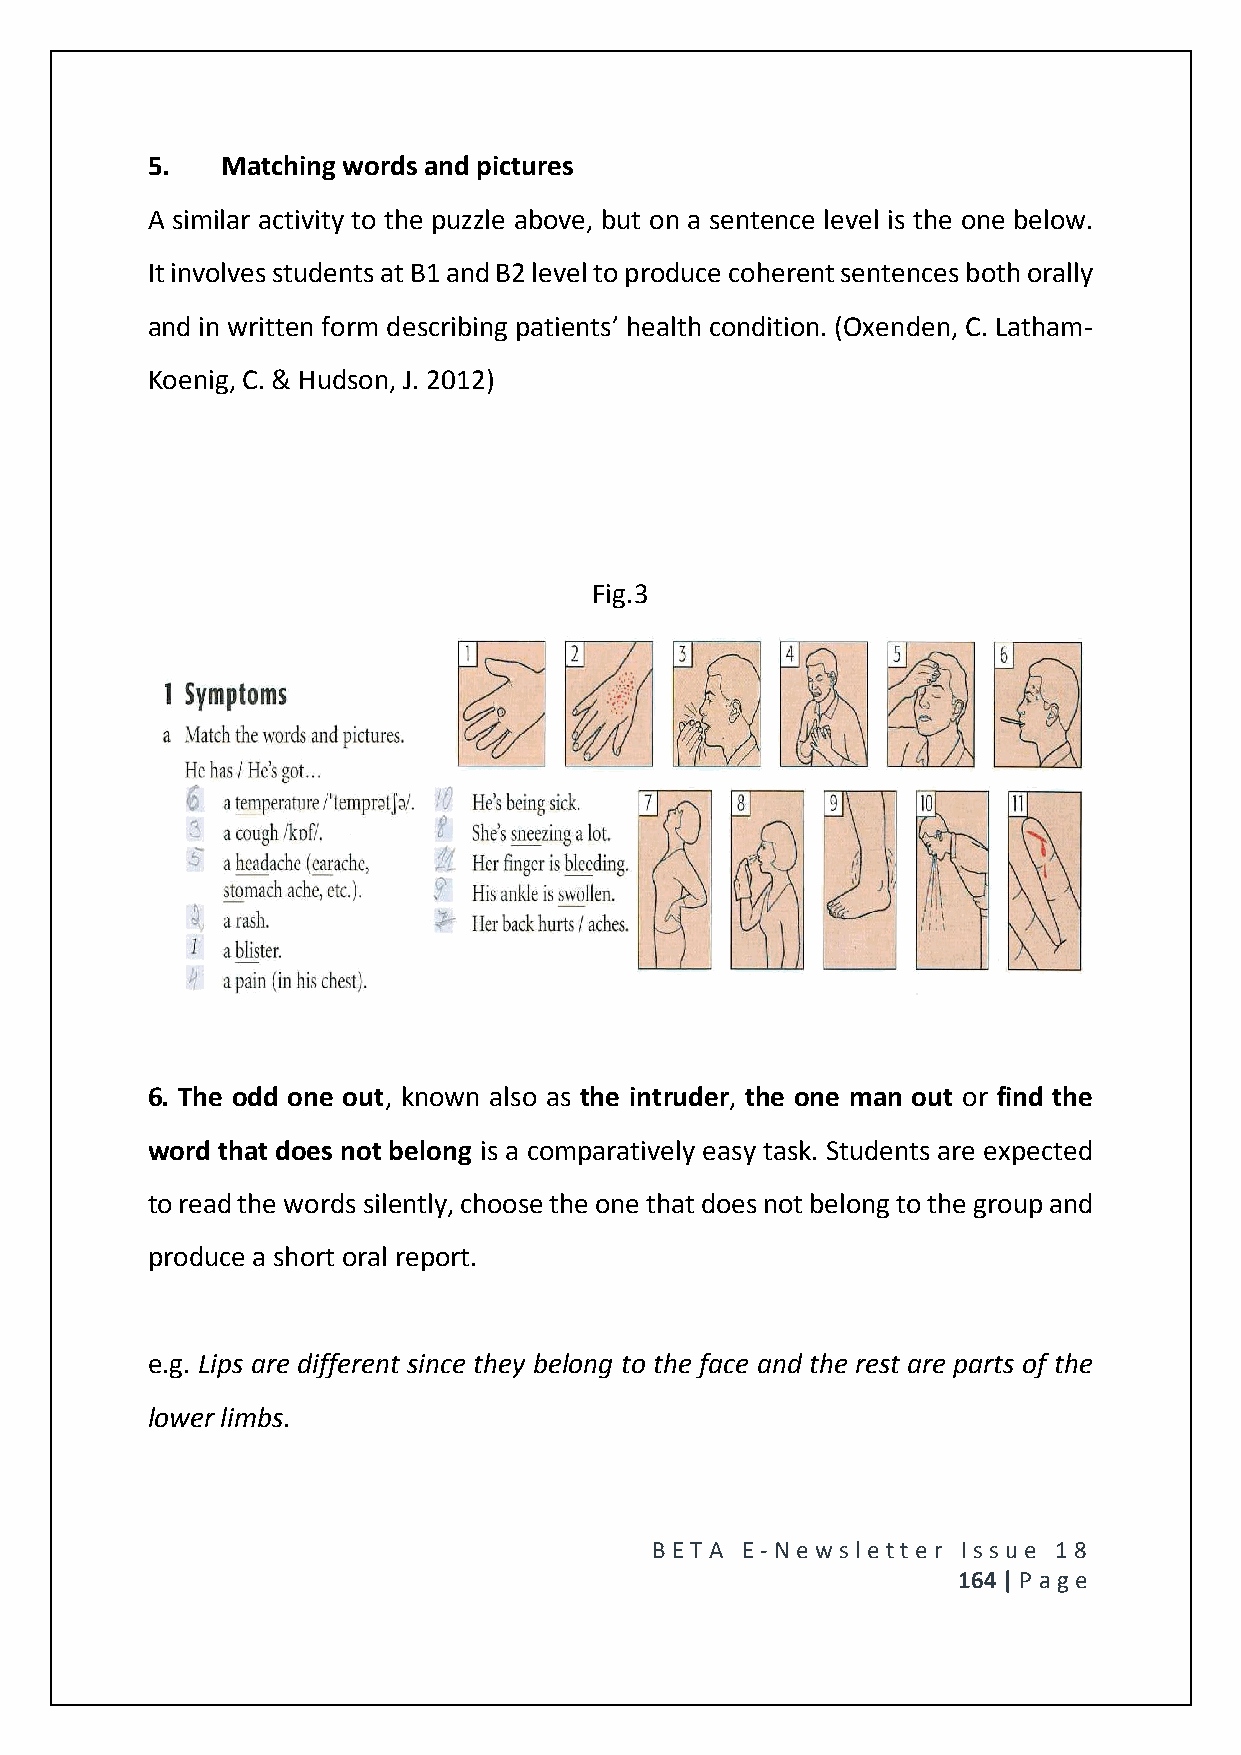
5.   Matching words and pictures
 A similar activity to the puzzle above, but on a sentence level is the one below.
 It involves students at B1 and B2 level to produce coherent sentences both orally
 and in written form describing patients’ health condition. (Oxenden, C. Latham-
 Koenig, C. & Hudson, J. 2012)
 Fig.3
 6. The odd one out, known also as the intruder, the one man out or find the
 word that does not belong is a comparatively easy task. Students are expected
 to read the words silently, choose the one that does not belong to the group and
 produce a short oral report.
 e.g. Lips are different since they belong to the face and the rest are parts of the
 lower limbs.
 BE T A E -N e wsle tt e r Issue 18
 164 | P age